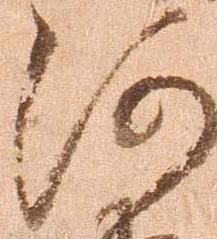
河